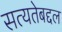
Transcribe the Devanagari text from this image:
सत्यतेबद्दल